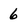
Character: 6